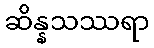
ဆိန္နသဿရာ